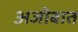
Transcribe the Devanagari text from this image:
अजीबात